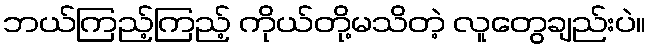
ဘယ်ကြည့်ကြည့် ကိုယ်တို့မသိတဲ့ လူတွေချည်းပဲ။